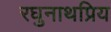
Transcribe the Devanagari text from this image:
रघुनाथप्रिय